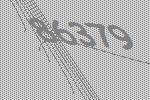
86379